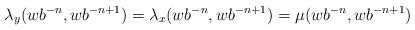
LaTeX: \begin{align*}\lambda_y(wb^{-n}, wb^{-n+1})= \lambda_x(wb^{-n}, wb^{-n+1}) = \mu(wb^{-n}, wb^{-n+1})\end{align*}